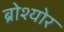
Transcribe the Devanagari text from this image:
ब्रोश्योर